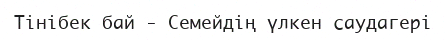
Тінібек бай - Семейдің үлкен саудагері